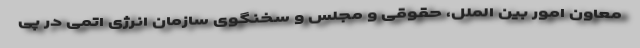
معاون امور بین الملل، حقوقی و مجلس و سخنگوی سازمان انرژی اتمی در پی